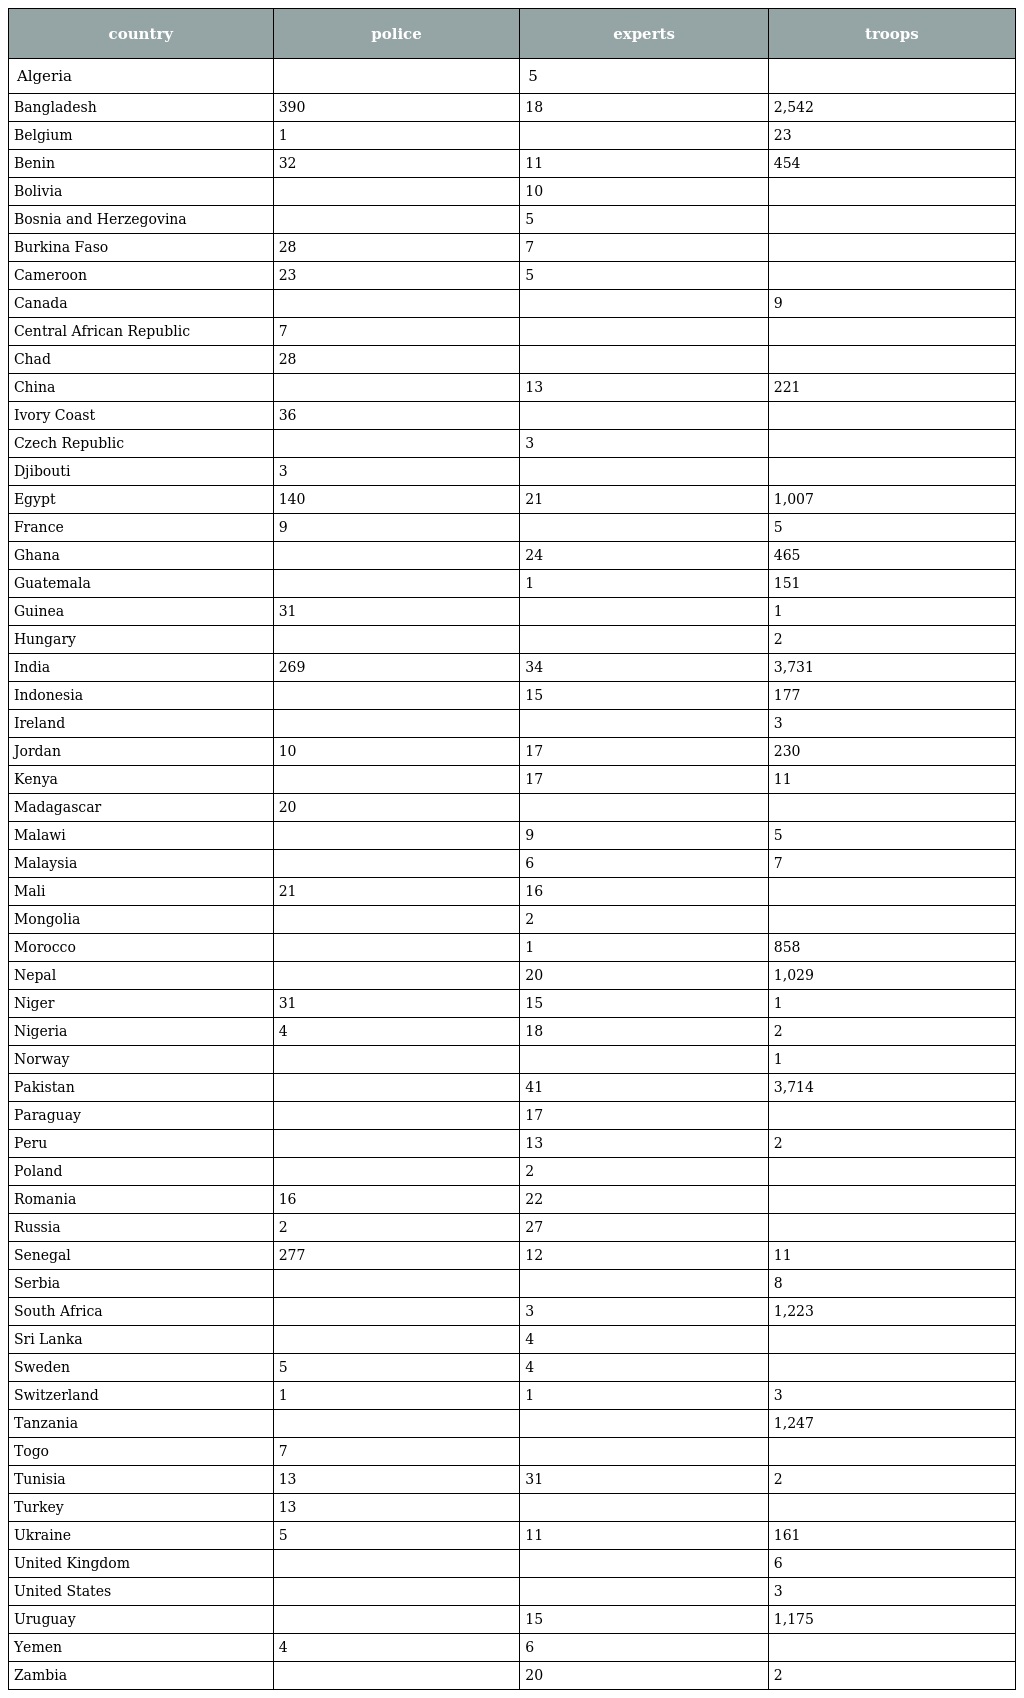
| country | police | experts | troops |
 | --- | --- | --- | --- |
 | Algeria |  | 5 |  |
 | Bangladesh | 390 | 18 | 2,542 |
 | Belgium | 1 |  | 23 |
 | Benin | 32 | 11 | 454 |
 | Bolivia |  | 10 |  |
 | Bosnia and Herzegovina |  | 5 |  |
 | Burkina Faso | 28 | 7 |  |
 | Cameroon | 23 | 5 |  |
 | Canada |  |  | 9 |
 | Central African Republic | 7 |  |  |
 | Chad | 28 |  |  |
 | China |  | 13 | 221 |
 | Ivory Coast | 36 |  |  |
 | Czech Republic |  | 3 |  |
 | Djibouti | 3 |  |  |
 | Egypt | 140 | 21 | 1,007 |
 | France | 9 |  | 5 |
 | Ghana |  | 24 | 465 |
 | Guatemala |  | 1 | 151 |
 | Guinea | 31 |  | 1 |
 | Hungary |  |  | 2 |
 | India | 269 | 34 | 3,731 |
 | Indonesia |  | 15 | 177 |
 | Ireland |  |  | 3 |
 | Jordan | 10 | 17 | 230 |
 | Kenya |  | 17 | 11 |
 | Madagascar | 20 |  |  |
 | Malawi |  | 9 | 5 |
 | Malaysia |  | 6 | 7 |
 | Mali | 21 | 16 |  |
 | Mongolia |  | 2 |  |
 | Morocco |  | 1 | 858 |
 | Nepal |  | 20 | 1,029 |
 | Niger | 31 | 15 | 1 |
 | Nigeria | 4 | 18 | 2 |
 | Norway |  |  | 1 |
 | Pakistan |  | 41 | 3,714 |
 | Paraguay |  | 17 |  |
 | Peru |  | 13 | 2 |
 | Poland |  | 2 |  |
 | Romania | 16 | 22 |  |
 | Russia | 2 | 27 |  |
 | Senegal | 277 | 12 | 11 |
 | Serbia |  |  | 8 |
 | South Africa |  | 3 | 1,223 |
 | Sri Lanka |  | 4 |  |
 | Sweden | 5 | 4 |  |
 | Switzerland | 1 | 1 | 3 |
 | Tanzania |  |  | 1,247 |
 | Togo | 7 |  |  |
 | Tunisia | 13 | 31 | 2 |
 | Turkey | 13 |  |  |
 | Ukraine | 5 | 11 | 161 |
 | United Kingdom |  |  | 6 |
 | United States |  |  | 3 |
 | Uruguay |  | 15 | 1,175 |
 | Yemen | 4 | 6 |  |
 | Zambia |  | 20 | 2 |